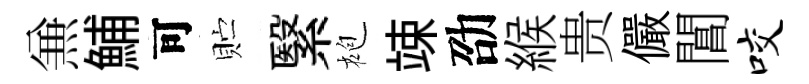
𠔥鯆可贮繄袍竦劭緱贵儼閶咬